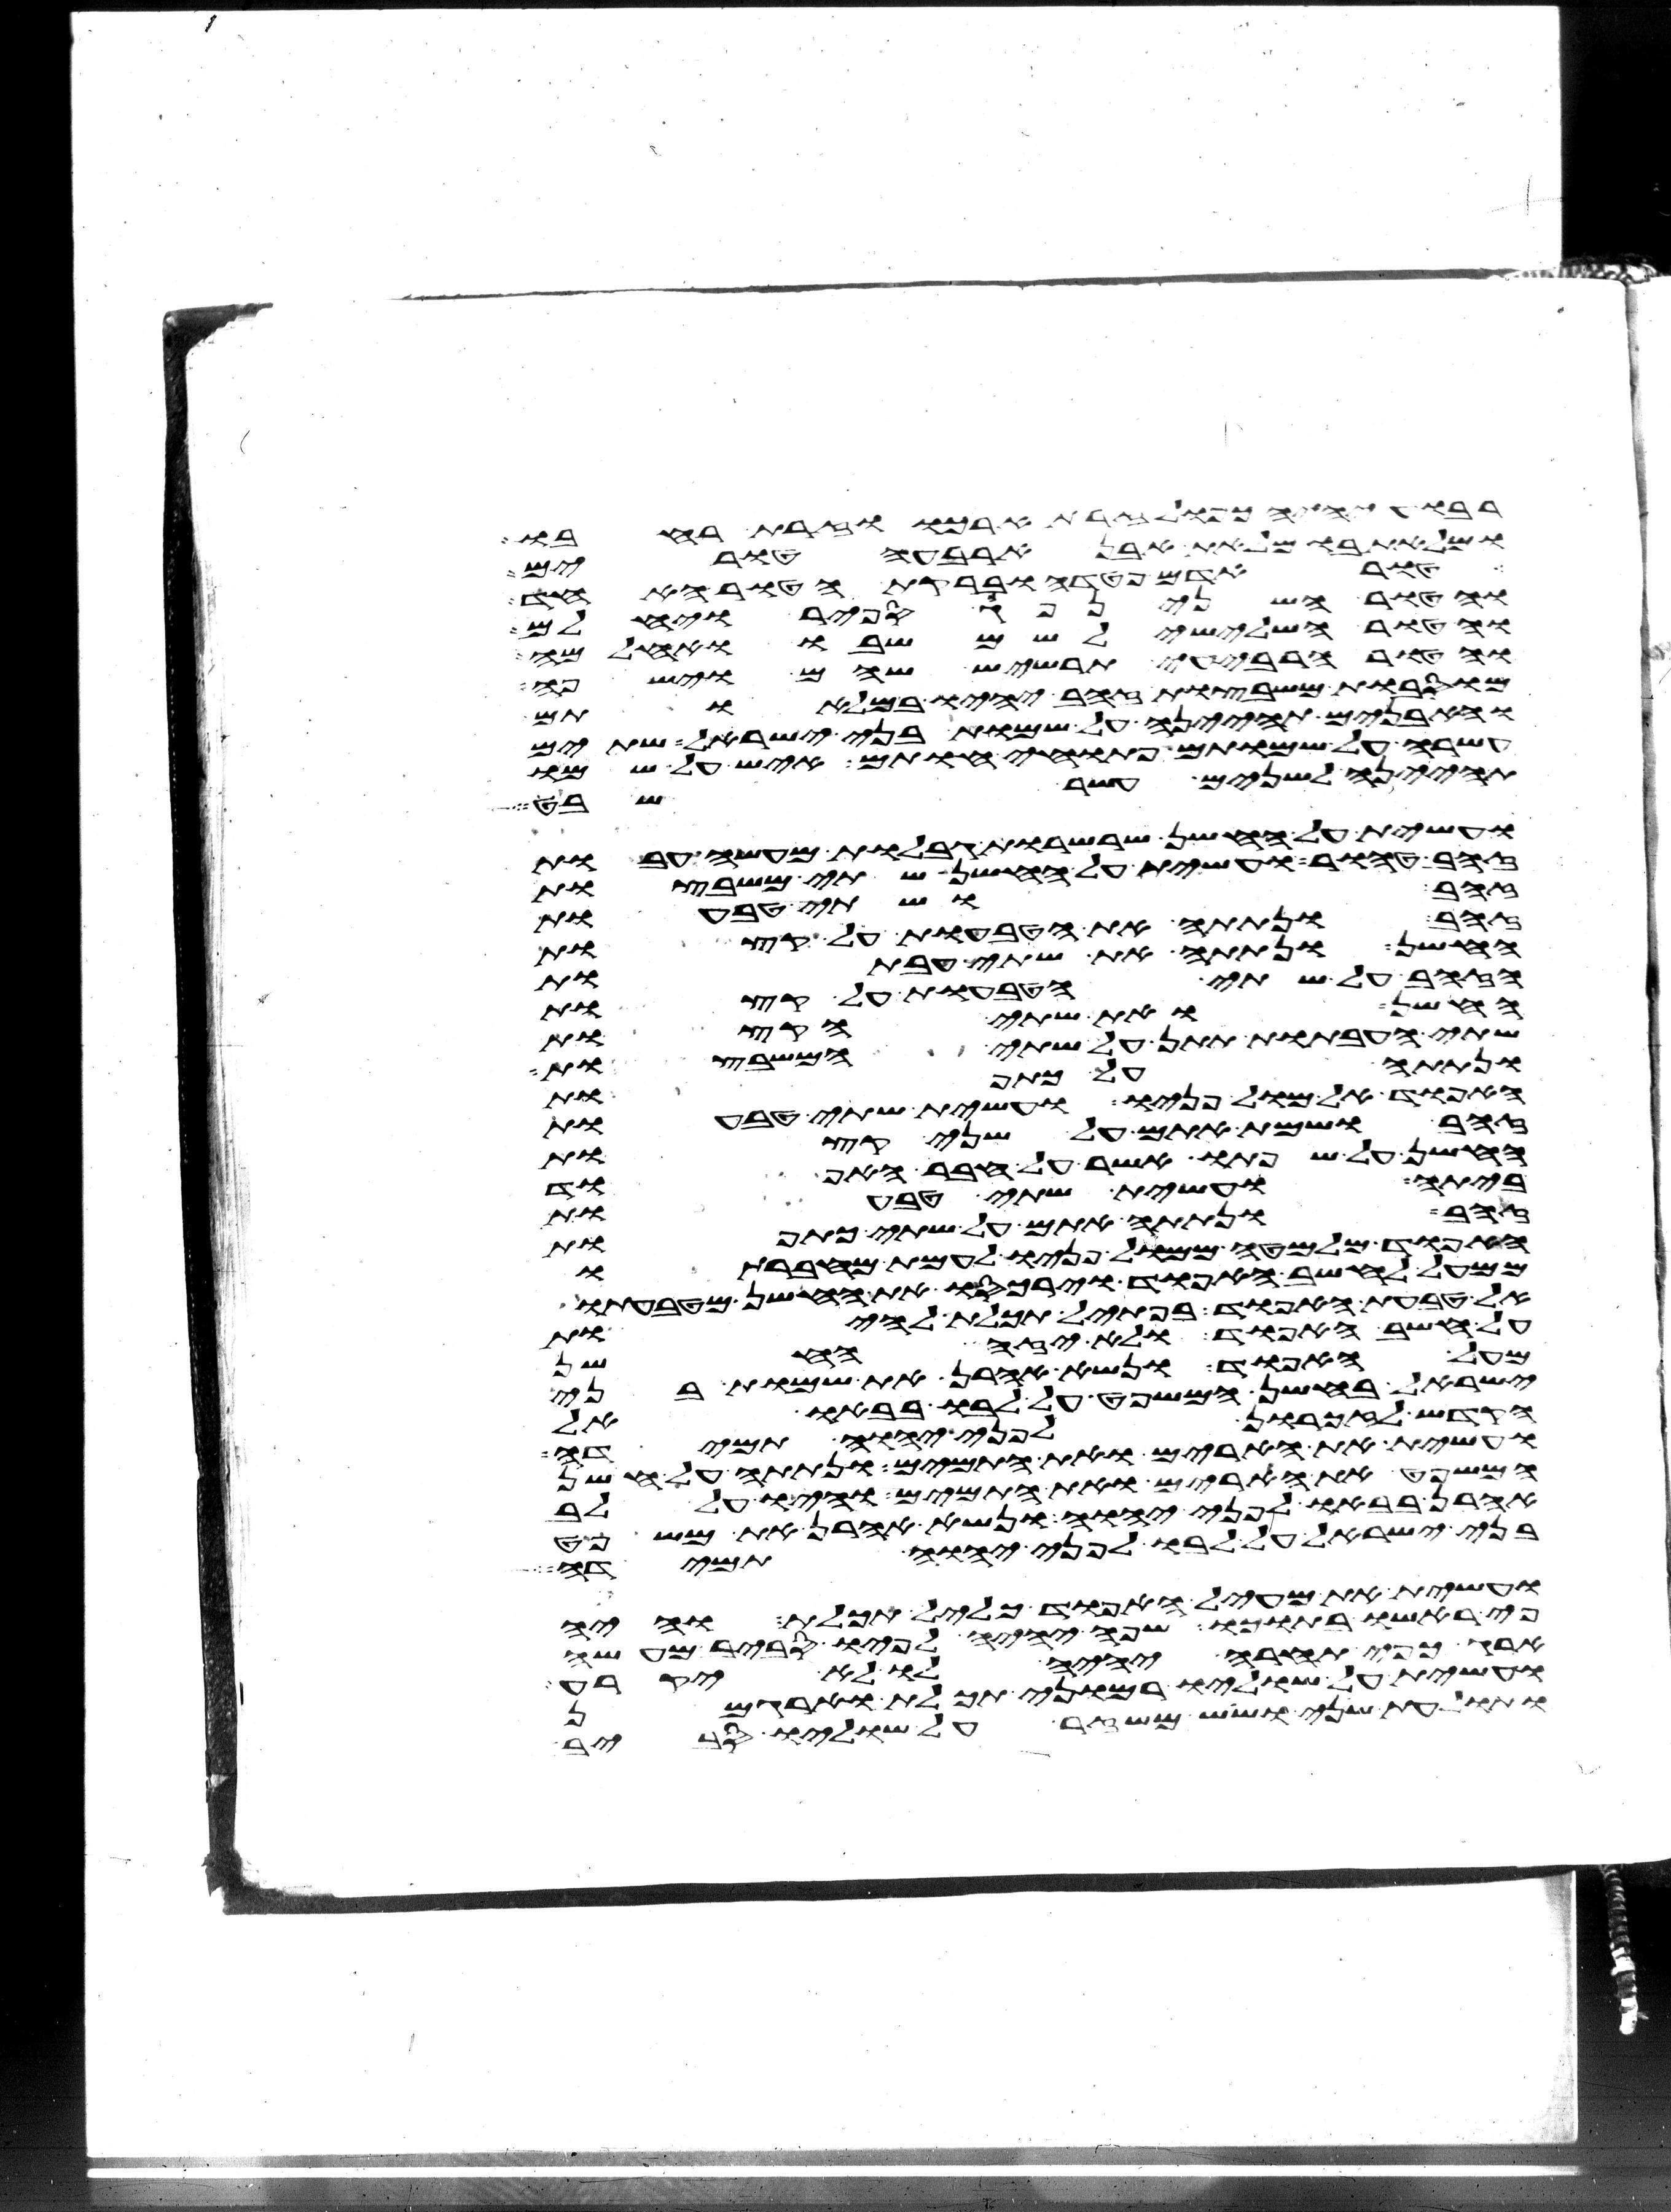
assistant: רבוע יהיה כפול זרת ארכו וזרת רחבו
ומלאת בו מלאת אבן ארבעה טורים
אדם פטדה וברקת הטור האחד
והטור השני נפך ספיר ויחלם
והטור השלישי לשם שבו ואחלמה
והטור הרביעי תרשיש שהם וישפה
מוסבות משבצות זהב יהיו במלאותם
והאבנים תהיינה על שמות בני ישראל שתים
עשרה על שמותם פתוחי חותם איש על שמו
תהינה לשנים עשר שבט
ועשית על החשן שרשרות גבלות מעשה עבות
זהב טהור ועשית על החשן שתי משבצות
זהב ושתי טבעות
זהב ונתתה את הטבעות על קצות
החשן ונתתה את שתי העבתות
הזהב על שתי הטבעות על קצות
החשן ואת שתי הקצות
שתי העבתות תתן על שתי המשבצות
ונתתה על כתפות
האפוד אל מול פניו ועשית שתי טבעות
זהב ושמת אתם על שני קצות
החשן על שפתו אשר על חבר האפוד
ביתה ועשית שתי טבעות
זהב ונתתה אתם על שתי כתפות
האפוד מלמטה ממול פניו לעמת מחברתו
ממעל לחשב האפוד וירכסו את החשן מטבעתו
אל טבעת האפוד בפתיל תכלת להיות
על חשב האפוד ולא יזה החשן
מעל האפוד ונשא אהרן את שמות בני
ישראל בחשן המשפט על לבו בבאו אל
הקדש לזכרון לפני יהוה תמידה
ועשית את הארים ואת התמים ונתתה על חשן
המשפט את הארים ואת התמים והיו על לב
אהרן בבאו לפני יהוה ונשא אהרן את משפט
בני ישראל על לבו לפני יהוה תמידה
ועשית את מעיל האפוד כליל תכלת והיה
פי ראשו בתוכו שפה יהיה לפיו סביב מעשה
ארג כפי תחרא יהיה לו לא יקרע
ועשית על שוליו רמוני תכלת וארגמן
ותולעת שני ושש משזר על שוליו סביב